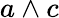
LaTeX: a\wedge c